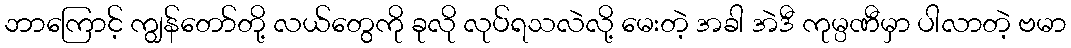
ဘာကြောင့် ကျွန်တော်တို့ လယ်တွေကို ခုလို လုပ်ရသလဲလို့ မေးတဲ့ အခါ အဲဒီ ကုမ္ပဏီမှာ ပါလာတဲ့ ဗမာ